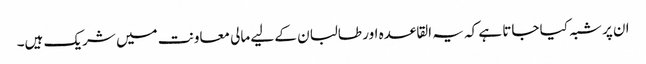
ان پر شبہ کیا جاتا ہے کہ یہ القاعدہ اور طالبان کے لیے مالی معاونت میں شریک ہیں۔